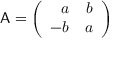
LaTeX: { \sf A } = \left( \begin{array} { r r } { { a } } & { { b } } \\ { { - b } } & { { a } } \end{array} \right)